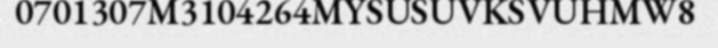
0701307M3104264MYSUSUVKSVUHMW8